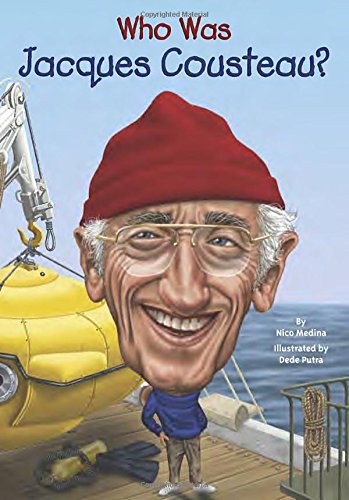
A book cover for Who Was Jacques Cousteau?; Nico Medina; Children's Books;